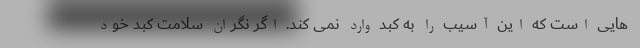
هایی است که این آسیب را به کبد وارد نمی کند. اگر نگران سلامت کبد خود